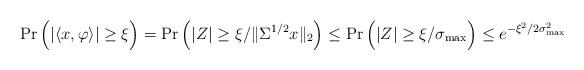
LaTeX: \begin{align*}\operatorname{Pr}\Big(|\langle x,\varphi\rangle|\geq\xi\Big)=\operatorname{Pr}\Big(|Z|\geq\xi/\|\Sigma^{1/2}x\|_2\Big)\leq\operatorname{Pr}\Big(|Z|\geq\xi/\sigma_\mathrm{max}\Big)\leq e^{-\xi^2/2\sigma_\mathrm{max}^2}\end{align*}